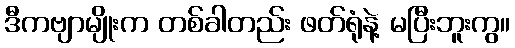
ဒီကဗျာမျိုးက တစ်ခါတည်း ဖတ်ရုံနဲ့ မပြီးဘူးကွ။